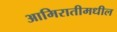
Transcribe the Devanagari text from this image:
आमिरातीमधील